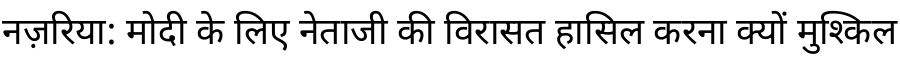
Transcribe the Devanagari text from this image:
नज़रिया: मोदी के लिए नेताजी की विरासत हासिल करना क्यों मुश्किल